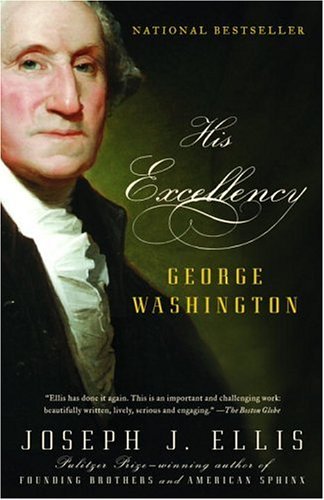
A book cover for His Excellency: George Washington; Joseph J. Ellis; Biographies & Memoirs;